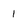
Character: 1